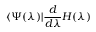
\langle \Psi ( \lambda ) | \frac { d } { d \lambda } H ( \lambda )